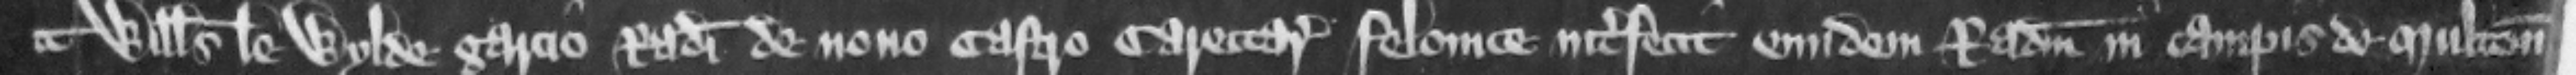
Willelmus le Wylde. garcio Radulphi de Nouo Castro carettarii felonice interfecit eundem Radulphum in campis de Multon